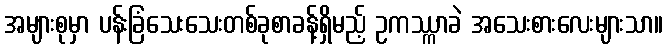
အများစုမှာ ပန်းခြံသေးသေးတစ်ခုစာခန့်ရှိမည့် ဥကဿ္ကာခဲ အသေးစားလေးများသာ။